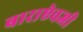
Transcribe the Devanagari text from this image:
बाराऐवजी